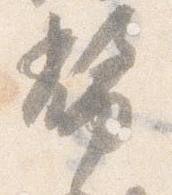
幣